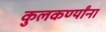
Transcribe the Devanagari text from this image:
कुलकर्ण्यांना